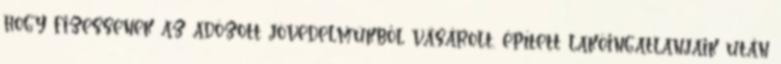
hogy fizessenek az adózott jövedelmükből vásárolt, épített lakóingatlanjaik után